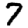
Digit: 7